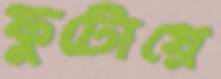
ফুটোয়ে